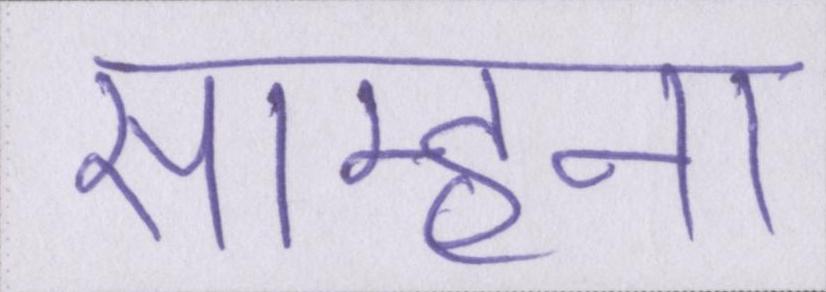
साम्हना